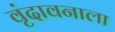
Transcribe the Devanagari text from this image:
वृंदावनाला